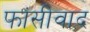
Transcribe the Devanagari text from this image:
फांसीवाद